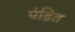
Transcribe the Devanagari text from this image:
पंडित